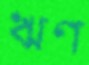
ঋণ